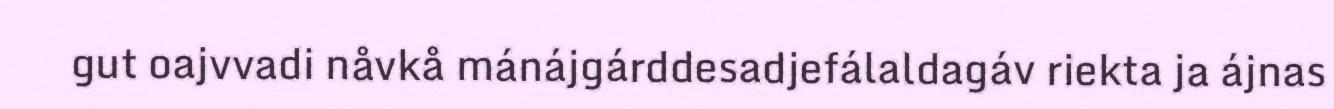
gut oajvvadi nåvkå mánájgárddesadjefálaldagáv riekta ja ájnas